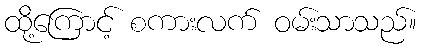
ထို့ကြောင့် စကားလက် ဝမ်းသာသည်။